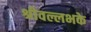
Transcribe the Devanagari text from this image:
श्रीवल्लभके